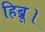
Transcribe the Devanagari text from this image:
हिब्रू।